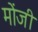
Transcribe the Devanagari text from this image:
मोंजी